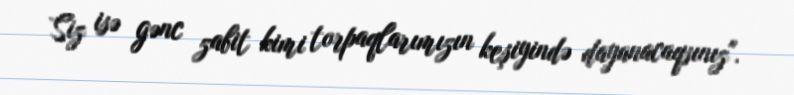
Siz isə gənc zabit kimi torpaqlarımızın keşiyində dayanacaqsınız".